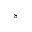
s